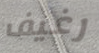
رغيف